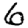
Digit: 6